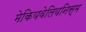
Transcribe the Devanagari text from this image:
मेकियवेलियनिस्म